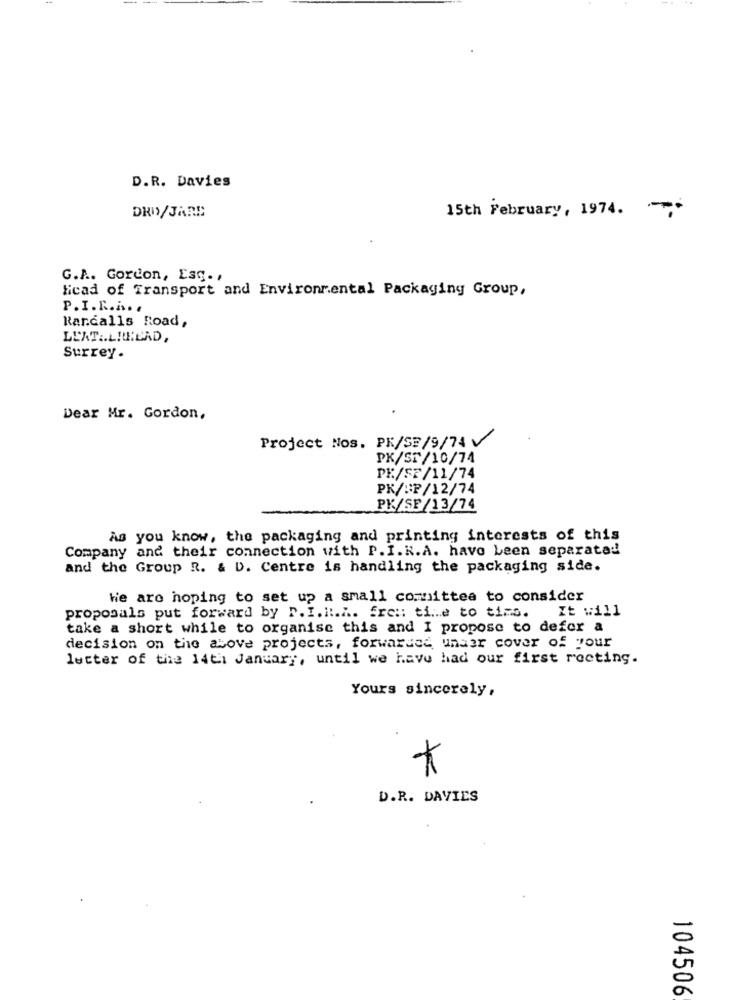
D.R. Davies
DRW/JARE
15th February , 1974. -
G.A. Gordon, Esq .,
ficad of Transport and Environmental Packaging Group,
P.I.R.i .. .
Rarcalls Road,
LLAT .. LRHEAD,
Surrey .
Dear Mr. Gordon,
Project Nos. PK/SE/9/74 V
PK/ST/10/74
PE/SF/11/74
PK/SP/12/74
PK/SF/13/74
As you know, the packaging and printing interests of this
Company and their connection with P.I. R.A. have been separated
and the Group R. & D. Centre is handling the packaging side.
We are hoping to set up a small committee to consider
It will
proposals put forward by P.I.R.A. fre: time to time.
take a short while to organise this and I propose to defer a
decision on the above projects, forwarded under cover of your
letter of the 14th January, until we have had our first rocting.
Yours sincerely,
*
D.R. DAVIES
104506